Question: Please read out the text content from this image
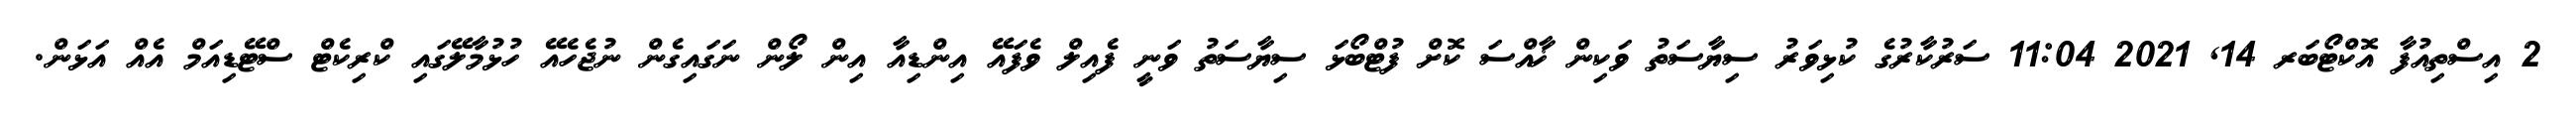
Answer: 2 އިސްތިއުފާ އޮކްޓޯބަރ 14, 2021 11:04 ސަރުކާރުގެ ކުޅިވަރު ސިޔާސަތު ވަކިން ޚާއްސަ ކޮށް ފުޓްބޯޅަ ސިޔާސަތު ވަނީ ފެއިލް ވެފައޭ އިންޑިއާ އިން ލޯން ނަގައިގެން ނުޖެހެއޭ ހުޅުމާލޭގައި ކްރިކެޓް ސްޓޭޑިއަމް އެއް އަޅަން.